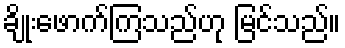
ချိုးဖောက်ကြသည်ဟု မြင်သည်။